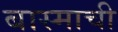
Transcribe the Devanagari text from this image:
बास्माची